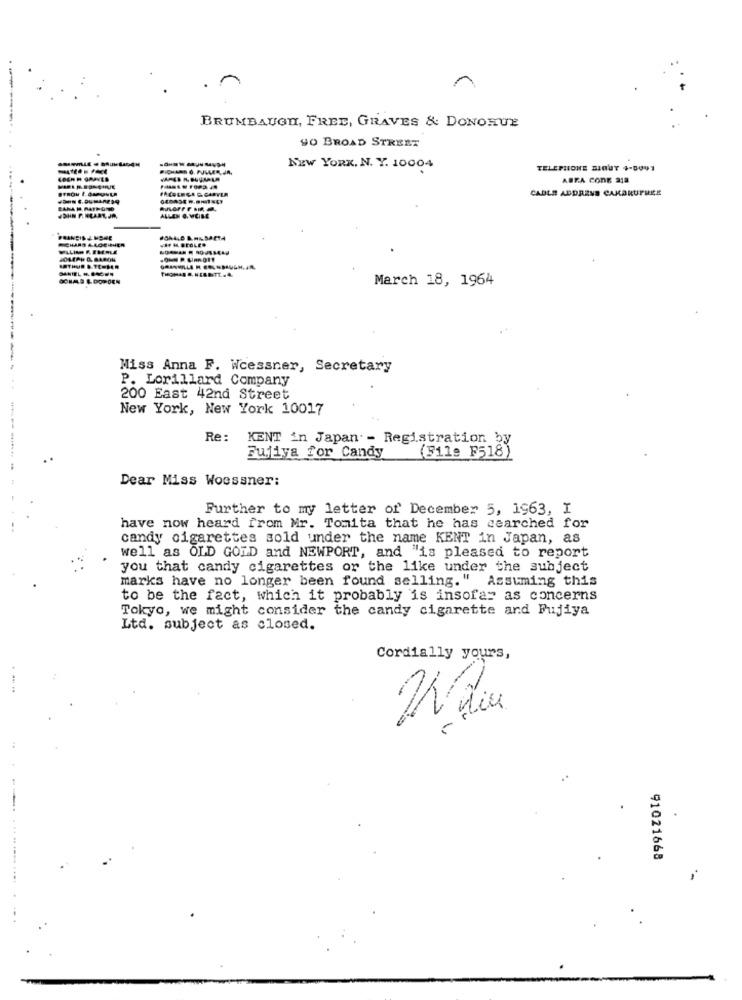
BRUMBAUGH, FREE, GRAVES & DONOHUE
SO BROAD STREET
PICHARS 6. NULLER, JA,
NEW YORK, N. Y. 10004
TELEPIONE MIOUT 4-8041
AREA CODE 212
.
FACBERGA C. CARYLA
CABLE ADDRESS CAKDRUFREE
BANA H. MATHOTTD
ALLEN G. VEIME
March 18, 1964
Miss Anna F. Wcessner, Secretary
P. Lorillard Company
200 East 42nd Street
New York, New York 10017
Re:
KENT in Japan - Registration by
Fujiya for Candy
(File_F518)
Dear Miss Woessner:
Further to my letter of December 5, 1963, I
have now heard from Mr. Tomita that he has searched for
candy cigarettes sold under the name KENT in Japan, as
well as OLD GOLD and NEWPORT, and "is pleased to report
you that candy cigarettes or the like under the subject
marks have no longer been found selling." Assuming this
to be the fact, which it probably is insofar as concerns
Tokyo, we might consider the candy cigarette and Fujiya
Ltd. subject as closed.
Cordially yours,
die
--
91021668